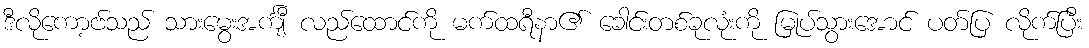
ဒီလိုကော့ဗ်သည် သားမွေးအင်္ကျီ လည်ထောင်ကို မက်ထရီနာ၏ ခေါင်းတစ်ခုလုံးကို မြုပ်သွားအောင် ပတ်ပြ လိုက်ပြီး